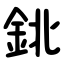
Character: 鉳